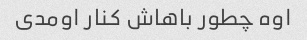
اوه چطور باهاش ​​کنار اومدی